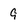
Character: 9